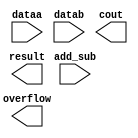
module zxw_addsub (
	add_sub,
	dataa,
	datab,
	cout,
	overflow,
	result);

	input	  add_sub;
	input	[13:0]  dataa;
	input	[13:0]  datab;
	output	  cout;
	output	  overflow;
	output	[13:0]  result;

endmodule